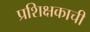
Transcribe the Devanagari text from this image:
प्रशिक्षकाची